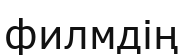
филмдің